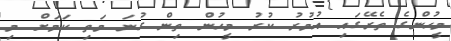
މީހުންގެ ތެރޭގައި އުމުރު ކުރު މީހުން ތިން ގުނަ މަތި ކަމަށް މި